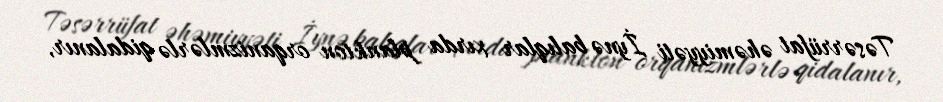
Təsərrüfat əhəmiyyəti İynə balıqlar xırda plankton orqanizmlərlə qidalanır,